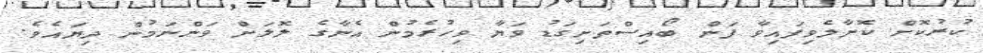
ކުރުކޮށް ކޮށާލެވިފައިވާ ފަން ބޯއިސްތަށިގަޑު ވަޔާ ވިހުރެމުން އެނާގެ ލޮލަށް ވަންނަމުން ދިޔައެވެ.